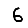
Digit: 6